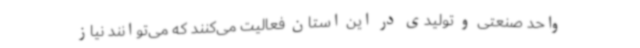
واحد صنعتی و تولیدی در این استان فعالیت می‌کنند که می‌توانند نیاز